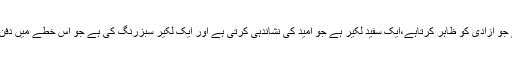
اس پرچم کا پس منظر آسمانی رنگ کاہے جو آزادی کو ظاہر کرتاہے،ایک سفید لکیر ہے جو امید کی نشاندہی کرتی ہے اور ایک لکیر سبزرنگ کی ہے جو اس خطے میں دفن بے پناہ قدرتی وسائل کو ظاہر کرتی ہے۔